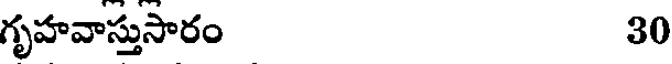
గృహవాస్తుసారం 30